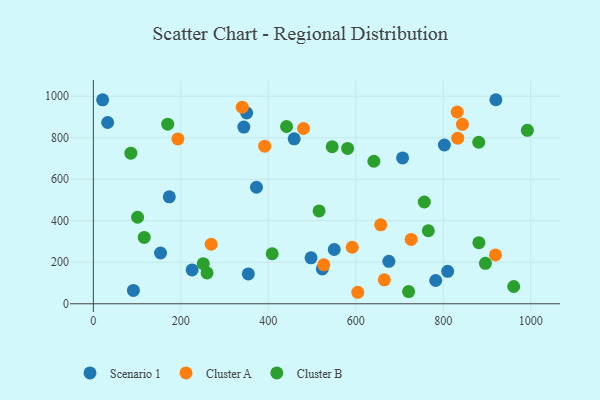
{"axis": {"x": "Experience", "y": "Rating"}, "legend": ["Cluster A", "Cluster B", "Scenario 1"], "data": [{"x": "810.0", "y": 156.4, "type": "Scenario 1"}, {"x": "173.6", "y": 515.2, "type": "Scenario 1"}, {"x": "802.5", "y": 764.9, "type": "Scenario 1"}, {"x": "344.0", "y": 851.2, "type": "Scenario 1"}, {"x": "153.6", "y": 244.7, "type": "Scenario 1"}, {"x": "550.7", "y": 261.4, "type": "Scenario 1"}, {"x": "920.2", "y": 983.1, "type": "Scenario 1"}, {"x": "21.2", "y": 982.5, "type": "Scenario 1"}, {"x": "32.7", "y": 873.4, "type": "Scenario 1"}, {"x": "225.8", "y": 163.1, "type": "Scenario 1"}, {"x": "459.1", "y": 794.5, "type": "Scenario 1"}, {"x": "782.6", "y": 112.1, "type": "Scenario 1"}, {"x": "354.3", "y": 143.6, "type": "Scenario 1"}, {"x": "91.5", "y": 64.2, "type": "Scenario 1"}, {"x": "523.4", "y": 168.1, "type": "Scenario 1"}, {"x": "350.5", "y": 919.4, "type": "Scenario 1"}, {"x": "706.9", "y": 702.5, "type": "Scenario 1"}, {"x": "497.6", "y": 221.4, "type": "Scenario 1"}, {"x": "675.5", "y": 204.7, "type": "Scenario 1"}, {"x": "372.9", "y": 561.3, "type": "Scenario 1"}, {"x": "833.0", "y": 797.7, "type": "Cluster A"}, {"x": "340.4", "y": 947.0, "type": "Cluster A"}, {"x": "665.2", "y": 115.3, "type": "Cluster A"}, {"x": "269.3", "y": 286.8, "type": "Cluster A"}, {"x": "526.7", "y": 187.6, "type": "Cluster A"}, {"x": "919.3", "y": 235.2, "type": "Cluster A"}, {"x": "480.4", "y": 844.5, "type": "Cluster A"}, {"x": "193.3", "y": 794.2, "type": "Cluster A"}, {"x": "604.5", "y": 55.4, "type": "Cluster A"}, {"x": "843.7", "y": 864.5, "type": "Cluster A"}, {"x": "391.7", "y": 759.1, "type": "Cluster A"}, {"x": "831.8", "y": 924.0, "type": "Cluster A"}, {"x": "726.5", "y": 310.2, "type": "Cluster A"}, {"x": "591.8", "y": 272.4, "type": "Cluster A"}, {"x": "656.9", "y": 380.5, "type": "Cluster A"}, {"x": "765.7", "y": 351.8, "type": "Cluster B"}, {"x": "641.3", "y": 686.7, "type": "Cluster B"}, {"x": "116.3", "y": 319.9, "type": "Cluster B"}, {"x": "408.8", "y": 241.1, "type": "Cluster B"}, {"x": "259.9", "y": 148.5, "type": "Cluster B"}, {"x": "992.2", "y": 835.6, "type": "Cluster B"}, {"x": "881.0", "y": 778.2, "type": "Cluster B"}, {"x": "720.7", "y": 59.0, "type": "Cluster B"}, {"x": "101.1", "y": 416.8, "type": "Cluster B"}, {"x": "546.0", "y": 756.5, "type": "Cluster B"}, {"x": "756.6", "y": 490.3, "type": "Cluster B"}, {"x": "441.6", "y": 854.2, "type": "Cluster B"}, {"x": "581.3", "y": 748.4, "type": "Cluster B"}, {"x": "896.3", "y": 194.8, "type": "Cluster B"}, {"x": "85.7", "y": 725.6, "type": "Cluster B"}, {"x": "516.0", "y": 447.4, "type": "Cluster B"}, {"x": "961.0", "y": 83.2, "type": "Cluster B"}, {"x": "251.3", "y": 193.2, "type": "Cluster B"}, {"x": "170.0", "y": 865.1, "type": "Cluster B"}, {"x": "881.4", "y": 294.5, "type": "Cluster B"}]}